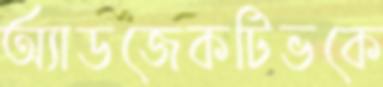
অ্যাডজেকটিভকে